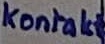
Text: Kontakt